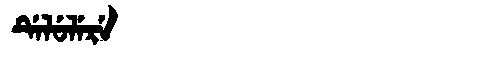
Manchu: ᡩᡝᠯᡠᠯᡝᡵᡝ
Romanization: DELULERE